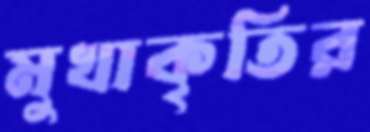
মুখাকৃতির